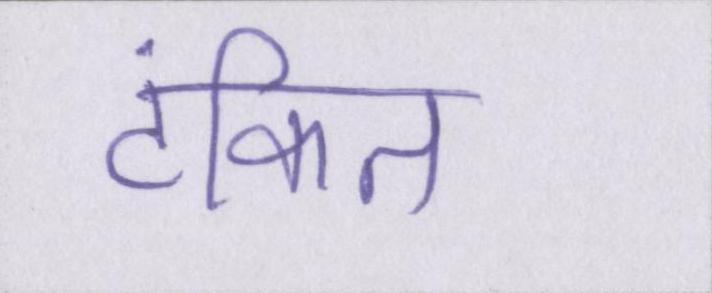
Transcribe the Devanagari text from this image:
टंकित